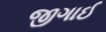
જીગાઈ